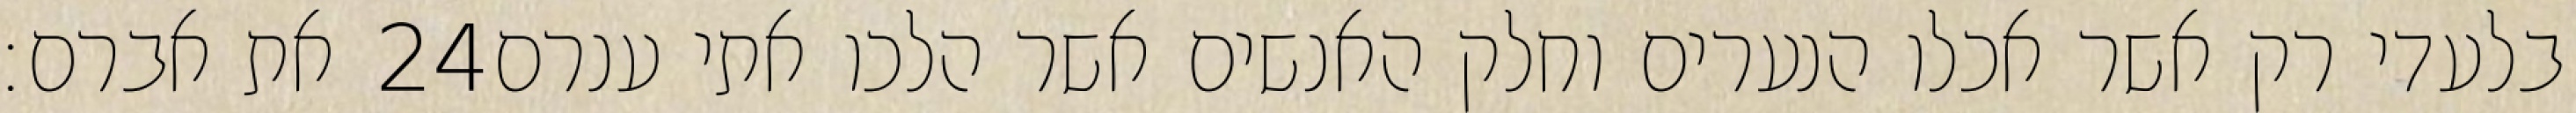
את אברם׃ ‎24‏ בלעדי רק אשר אכלו הנערים וחלק האנשים אשר הלכו אתי ענרם